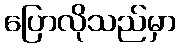
ပြောလိုသည်မှာ